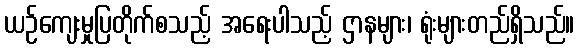
ယဉ်ကျေးမှုပြတိုက်စသည့် အရေးပါသည့် ဌာနများ၊ ရုံးများတည်ရှိသည်။